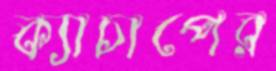
ক্যাচাপের